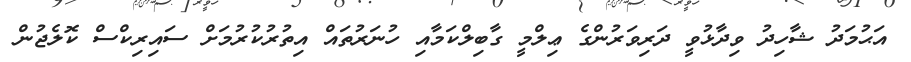
އަޙުމަދު ޝާހިދު ވިދާޅުވީ ދަރިވަރުންގެ ޢިލްމީ ގާބިލްކަމާއި ހުނަރުތައް އިތުރުކުރުމަށް ސައިރިކްސް ކޮލެޖުން